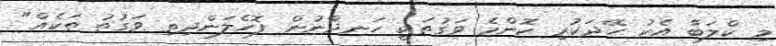
މި ކްލަބާ އެކު ހޭދަކުރި ކޮންމެ ވަގުތަކީ ހަނދާނުން ފޮހެލަންދިތި ވަގުތު ތަކެއް"